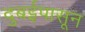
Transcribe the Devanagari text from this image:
दुबईपासून